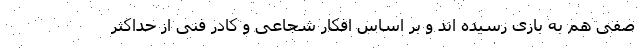
صفی هم به بازی رسیده اند و بر اساس افکار شجاعی و کادر فنی از حداکثر